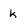
Character: k